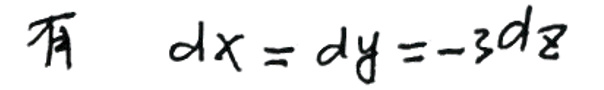
有$\quad dx = dy = -3dz$